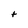
Character: t